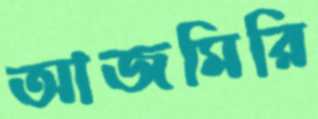
আজমিরি